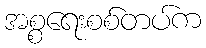
အစ္စရေးစစ်တပ်က